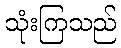
သုံးကြသည်